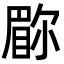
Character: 𫵇